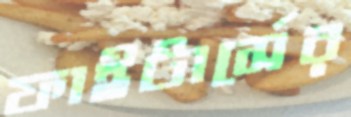
ফাইটার্সের